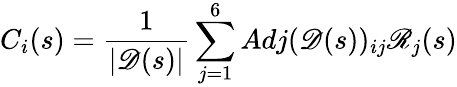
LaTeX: C_{i}(s)=\frac{1}{|\mathscr{D}(s)|}\sum_{j=1}^{6}Adj(\mathscr{D}(s))_{ij}\mathscr{R}_{j}(s)